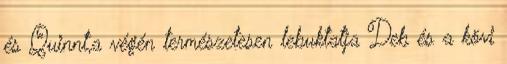
és Quinnt,a végén természetesen lebuktatja Deb és a kövi